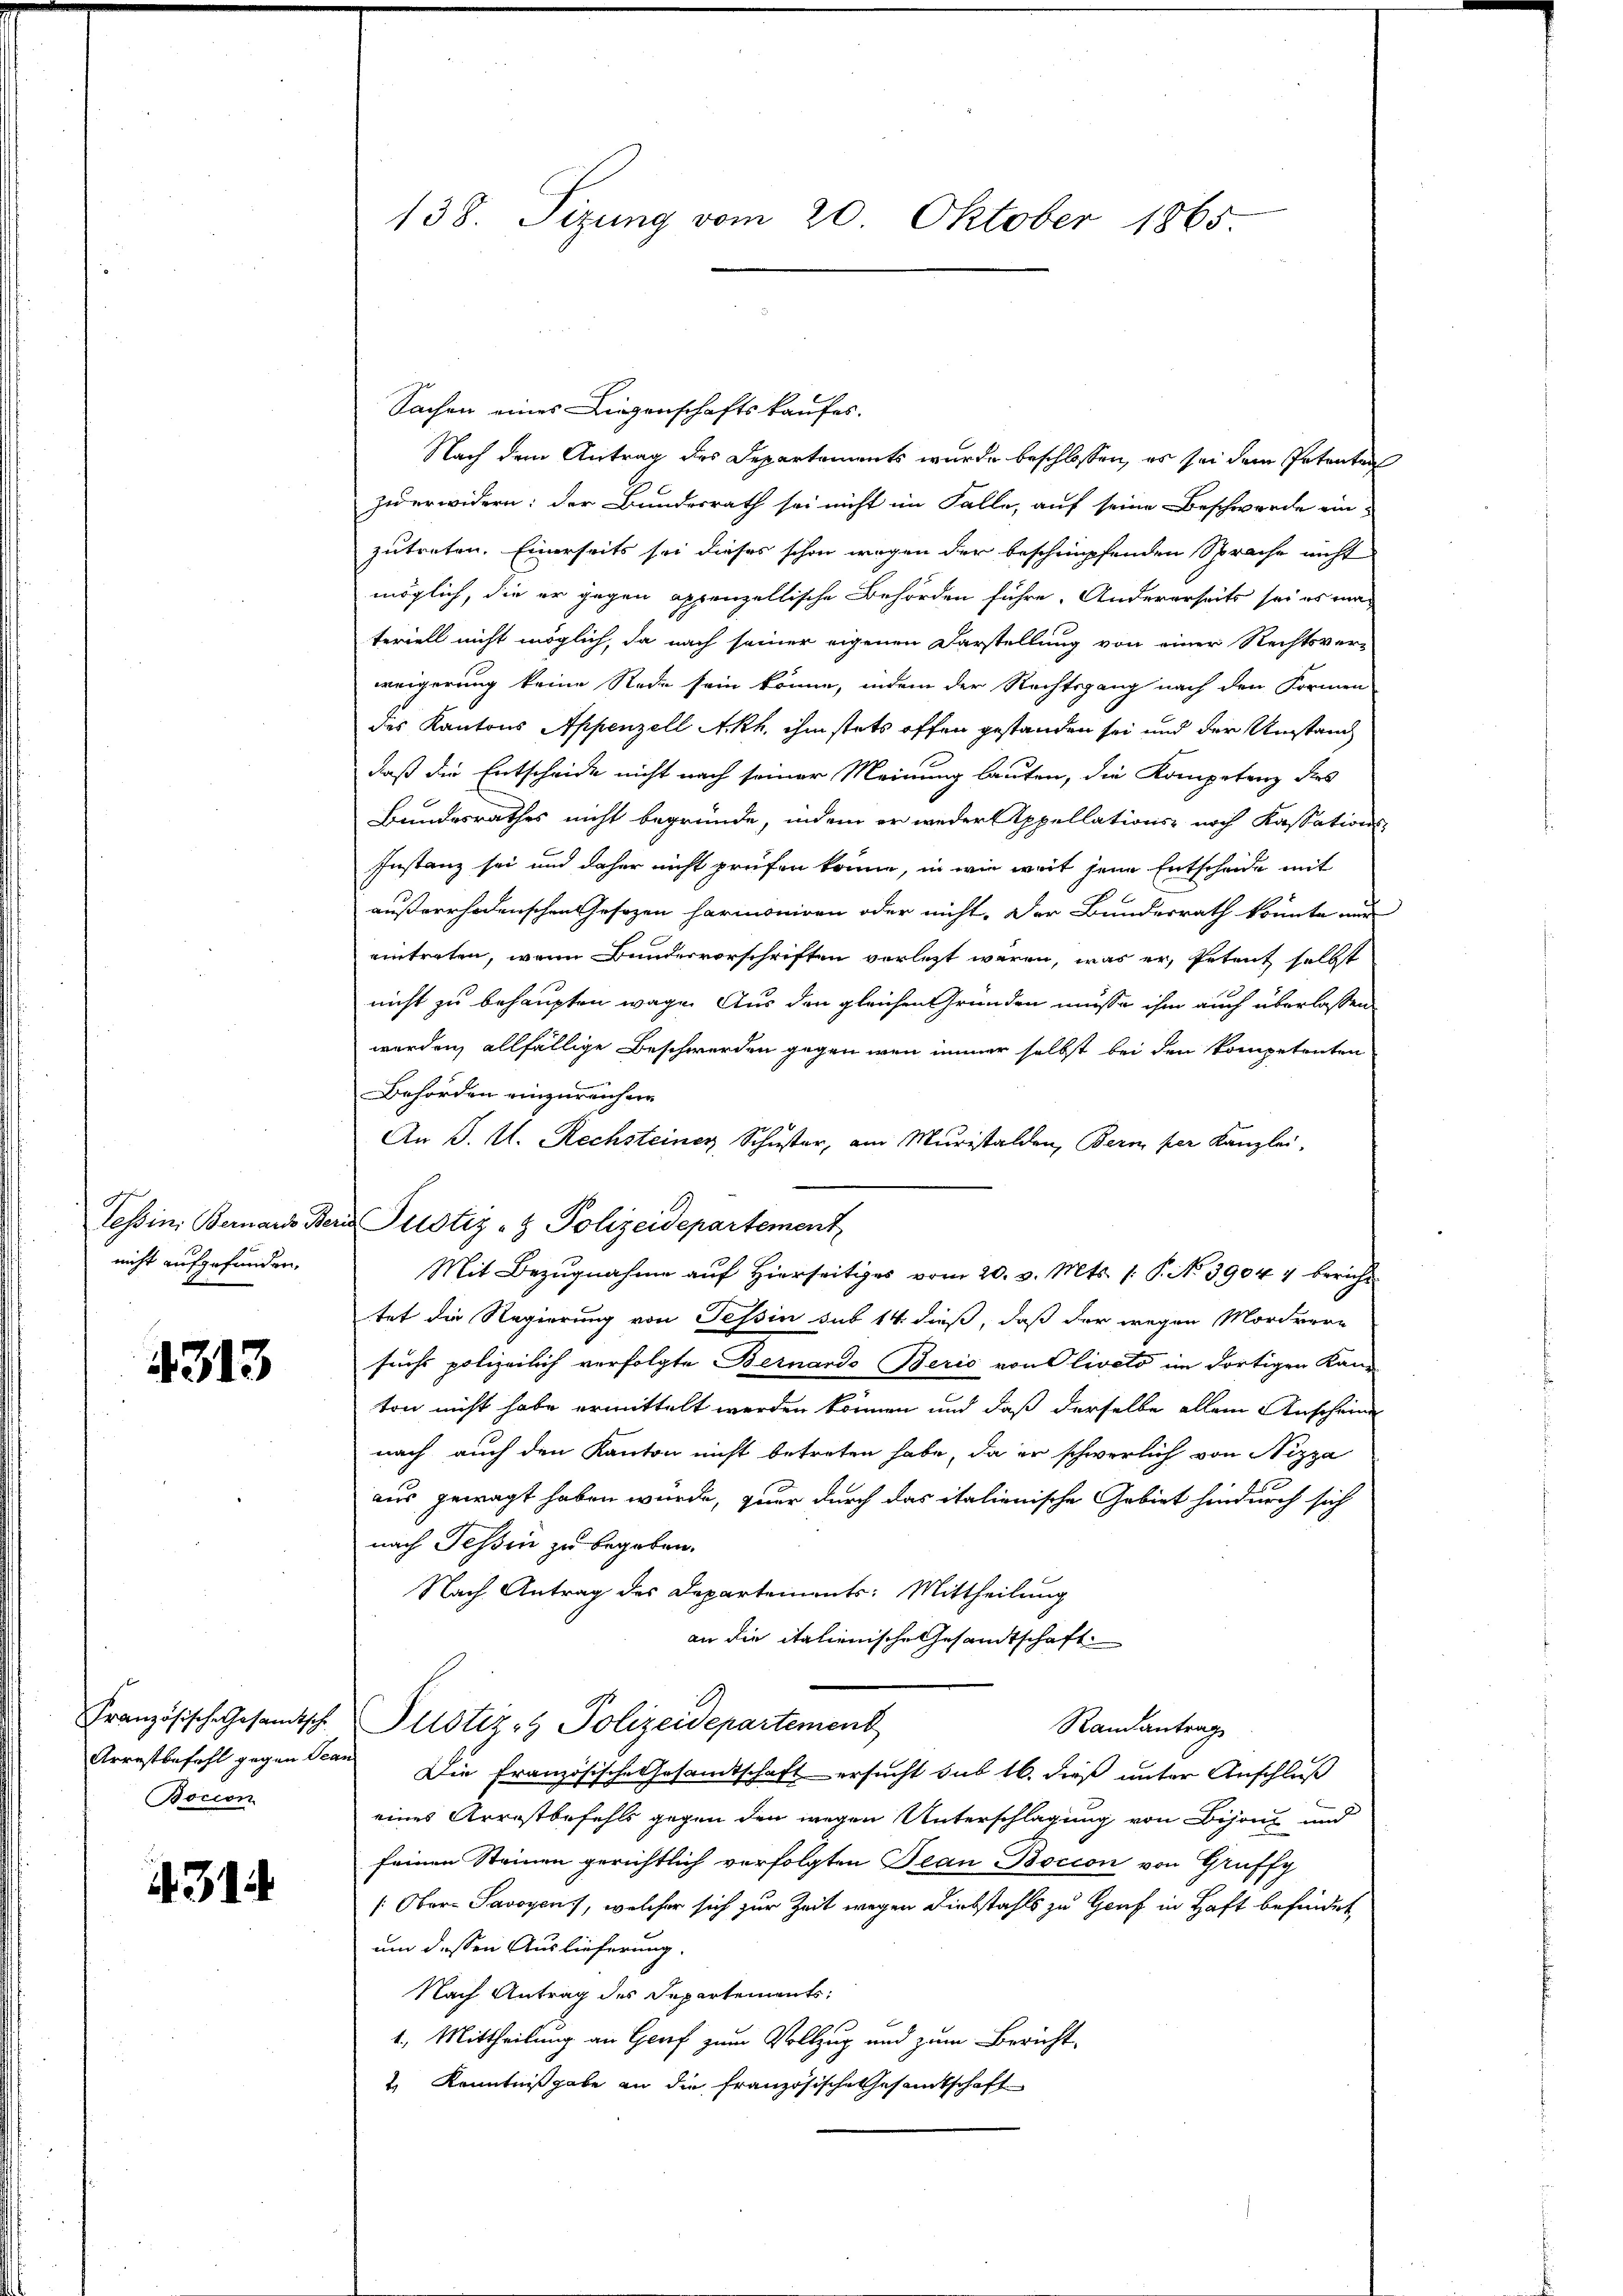
Tessin: Bernards Be
nicht aufgefunden,

4313

Französische Gesandtsche
Arrestbefehl gegen Tea
Bocion

431

138. Sizung vom 20. Oktober 1865

Sachen eines Liegenschaftskaufes.
Nach dem Antrag des Departements wurde beschlossen, es sei dem Petenten
zu erwidern: der Bundesrath sei nicht im Falle, auf seine Beschwerde ein
zutreten. Einerseits sei dieses schon wegen der beschnüpfenden Sprache nicht
möglich, die er gegen appenzellische Behörden führe. Andererseits sei es ma-
teriell nicht möglich, da nach seiner eigenen Darstellung von einer Rechtsver-
weigerung keine Rede sein könne, indem der Rechtsgang nach den Formen
des Kantons Appenzell Akh. ihm stets offen gestanden sei und der Umstand
daß die Entscheide nicht nach seiner Meinung laufen, die Kompetenz dies
Bundesrathes nicht begründe, indem er weder Appellations- noch Kassations-
Instanz sei und daher nicht prüfen könne, in wie weit jene Entscheide mit
außerrhodenschen Gesezen harmoniren oder nicht. Der Bundesrath konnte nur
eintreten, wenn Bundervorschriften vorletzt waren, was er, Petent selbst
nicht zu behaupten wage. Aus den gleichen Gründen müsse ihm auch überlassen
werden, allfällige Beschwerden gegen wenn immer selbst bei den kompetenten
Behörden einzureichen
An J. A. Rechsteiner Schuster, am Muristalden, Bern per Kanzlei,
Justiz- & Polizeidepartement
Mit Bezugnahme auf Hierseitiges vom 20. v. Mts. /: P. No 39044 bericht
tet die Regierung von Tessin sub 14. dieß, daß der wegen Morderne
suchs polizeilich verfolgte Bernardo Berio von Olivato im dortigen Kan-
ton nicht habe ermittelt werden können und daß derselbe allein Anschein
nach auch den Kanton nicht betreten habe, da er schwerlich von Nizza
aus gewagt haben wurde, quer durch das italienische Gebiet hindurch sich
nach Tessin zu begeben.
Nach Antrag des Departements: Mittheilung
an die italienische Gesandtschaft
Justiz- & Polizeidepartement
Randantrag
Die französische Gesamtschaft ersucht sub 16. dieß unter Anschluß
eines Arrestbefehls gegen den wegen Unterschlagung von Bisant und
feinen Steinen gerichtlich verfolgten Tean Bocion von Gruffy
/: Ober- Savoyens, welcher sich zur Zeit wegen Diebstahls zu Genf in Haft befindet,
um dessen Auslieferung.
Nach Antrag des Departements
1. Mittheilung an Genf zum Vollzug und zum Bericht
 Kenntnißgabe an die französische Gesamtschaft